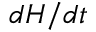
d H / d t